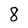
Character: 8